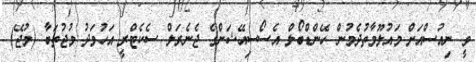
ވީ ނިއުސްއަށް މައުލޫމާތުދެމުން ހޭންޑްބޯލް އެސޯސިއޭޝަންގެ ޖެނެރަލް ސެކެޓްރީ އަހުމަދު މުޖުތަބާ (މުޖޭ)